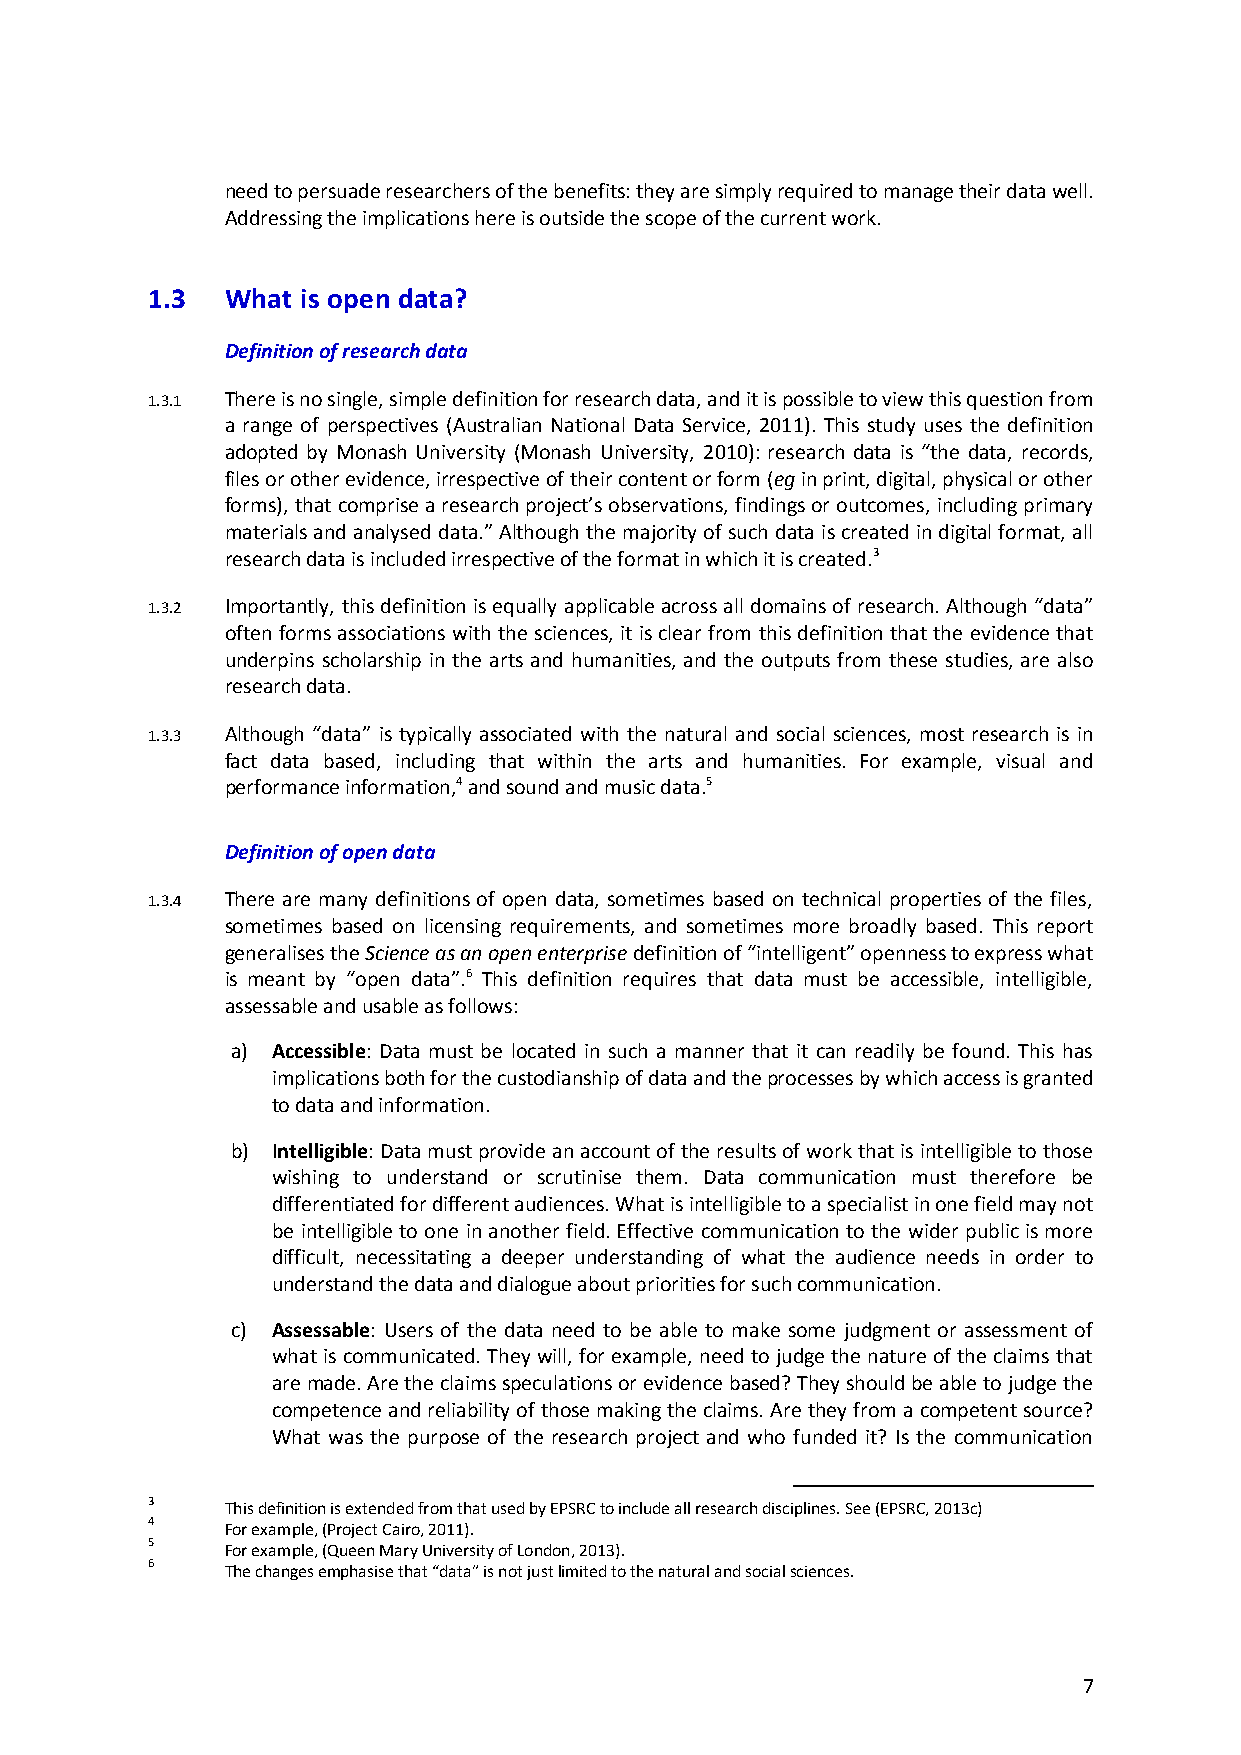
need to persuade researchers of the benefits: they are simply required to manage their data well.
 Addressing the implications here is outside the scope of the current work.
 1.3  What is open data?
 Definition of research data
 1.3.1 There is no single, simple definition for research data, and it is possible to view this question from
 a range of perspectives (Australian National Data Service, 2011). This study uses the definition
 adopted by Monash University (Monash University, 2010): research data is “the data, records,
 files or other evidence, irrespective of their content or form (eg in print, digital, physical or other
 forms), that comprise a research project’s observations, findings or outcomes, including primary
 materials and analysed data.” Although the majority of such data is created in digital format, all
 research data is included irrespective of the format in which it is created.3
 1.3.2 Importantly, this definition is equally applicable across all domains of research. Although “data”
 often forms associations with the sciences, it is clear from this definition that the evidence that
 underpins scholarship in the arts and humanities, and the outputs from these studies, are also
 research data.
 1.3.3 Although “data” is typically associated with the natural and social sciences, most research is in
 fact data based, including that within the arts and humanities. For example, visual and
 performance information,4 and sound and music data.5
 Definition of open data
 1.3.4 There are many definitions of open data, sometimes based on technical properties of the files,
 sometimes based on licensing requirements, and sometimes more broadly based. This report
 generalises the Science as an open enterprise definition of “intelligent” openness to express what
 is meant by “open data”.6 This definition requires that data must be accessible, intelligible,
 assessable and usable as follows:
 a) Accessible: Data must be located in such a manner that it can readily be found. This has
 implications both for the custodianship of data and the processes by which access is granted
 to data and information.
 b) Intelligible: Data must provide an account of the results of work that is intelligible to those
 wishing to understand or scrutinise them. Data communication must therefore be
 differentiated for different audiences. What is intelligible to a specialist in one field may not
 be intelligible to one in another field. Effective communication to the wider public is more
 difficult, necessitating a deeper understanding of what the audience needs in order to
 understand the data and dialogue about priorities for such communication.
 c) Assessable: Users of the data need to be able to make some judgment or assessment of
 what is communicated. They will, for example, need to judge the nature of the claims that
 are made. Are the claims speculations or evidence based? They should be able to judge the
 competence and reliability of those making the claims. Are they from a competent source?
 What was the purpose of the research project and who funded it? Is the communication
 3    This definition is extended from that used by EPSRC to include all research disciplines. See (EPSRC, 2013c)
 4    For example, (Project Cairo, 2011).
 5    For example, (Queen Mary University of London, 2013).
 6    The changes emphasise that “data” is not just limited to the natural and social sciences.
 7